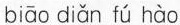
biāo diǎn fú hào